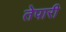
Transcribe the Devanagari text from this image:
तेपारी